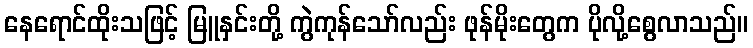
နေရောင်ထိုးသဖြင့် မြူနှင်းတို့ ကွဲကုန်သော်လည်း ဖုန်မိုးတွေက ပိုလို့စွေလာသည်။